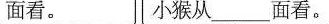
面看。 小猴从___面看。